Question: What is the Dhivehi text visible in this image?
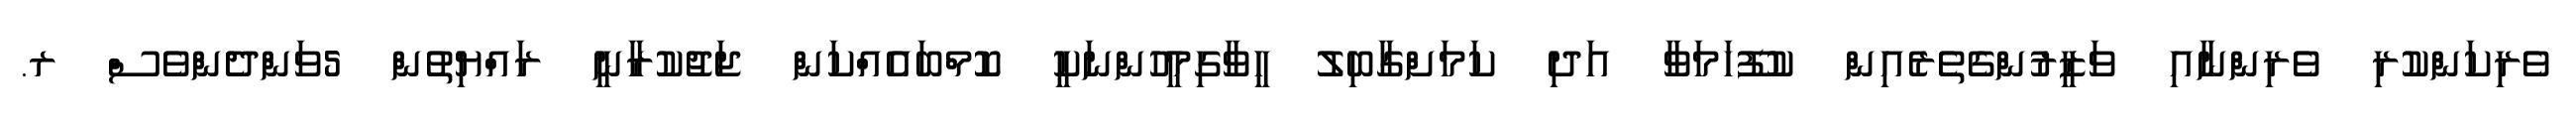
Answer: ވެރިކަންކުރި ވެރިންނާއި ވަޒީރުންގެތެރެއިން ކުފޫހަމަވާ އަދި ކަމަށްގާބިލު ހީވާގިމީހުންނަކީ ކޮމްބައެއްކަން ޖަޖުކުރާނީ ރައްޔިތުން 5ވަންދެންވެސް ރ.